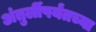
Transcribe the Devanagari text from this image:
अंतुर्लीपर्यंतच्या